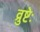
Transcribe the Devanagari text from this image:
व्रुष्टेः